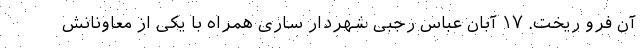
آن فرو ریخت. ۱۷ آبان عباس رجبی شهردار ساری همراه با یکی از معاونانش